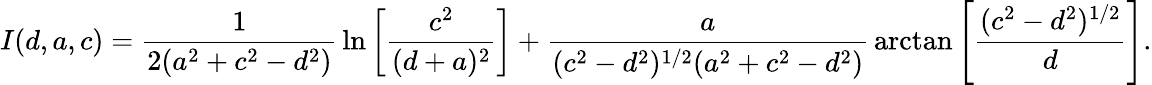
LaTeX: I(d,a,c)={\frac{1}{2(a^{2}+c^{2}-d^{2})}}\ln\left[{\frac{c^{2}}{(d+a)^{2}}}\right]+{\frac{a}{(c^{2}-d^{2})^{1/2}(a^{2}+c^{2}-d^{2})}}\arctan\left[\frac{(c^{2}-d^{2})^{1/2}}{d}\right].